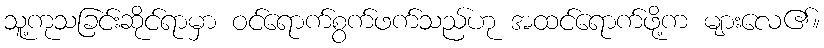
သူ့ကုသခြင်းဆိုင်ရာမှာ ဝင်ရောက်စွက်ဖက်သည်ဟု အထင်ရောက်ဖို့က များလေ၏။